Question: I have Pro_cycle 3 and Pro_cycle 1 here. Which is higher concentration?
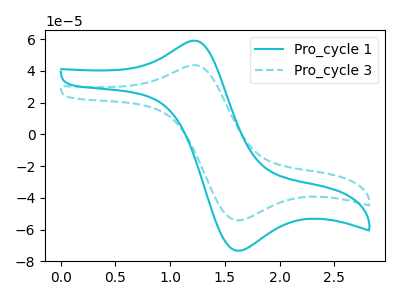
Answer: <think>The cyan curve "Pro_cycle 1" has an anodic peak at (1.20V, 58.75uA) and a cathodic peak at (1.60V, -73.35uA). The cyan dashed curve "Pro_cycle 3" has an anodic peak at (1.20V, 43.40uA) and a cathodic peak at (1.60V, -54.20uA).
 All the peaks in "Pro_cycle 3" have a peak in "Pro_cycle 1" at the same potential. Every peak in "Pro_cycle 3" is lower than every peak in "Pro_cycle 1".</think>
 <answer>"Pro_cycle 3" has less signal than "Pro_cycle 1" and so likely has a lower concentration.</answer>
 <eval>less_concentration</eval>